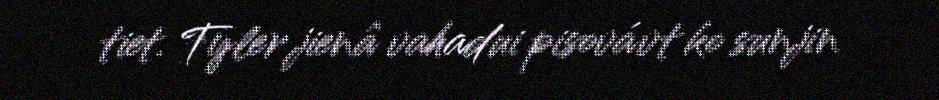
tiet. Tyler jienâ vahadui pisovávt ko sunjin